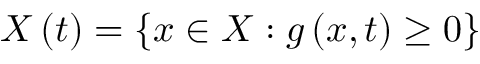
X \left( t \right) = \left\{ x \in X : g \left( x , t \right) \geq 0 \right\}